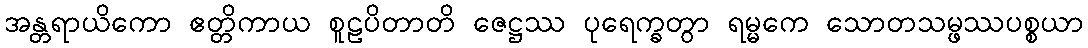
အန္တရာယိကော ဧတ္တိကာယ စူဠပိတာတိ ဇေဋ္ဌဿ ပုရေက္ခတွာ ရမ္မကေ သောတသမ္ဖဿပစ္စယာ